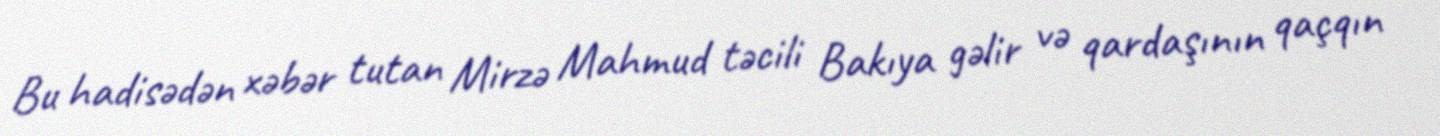
Bu hadisədən xəbər tutan Mirzə Mahmud təcili Bakıya gəlir və qardaşının qaçqın